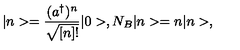
| n > = \frac { ( a ^ { \dagger } ) ^ { n } } { \sqrt { [ n ] ! } } | 0 > , N _ { B } | n > = n | n > ,